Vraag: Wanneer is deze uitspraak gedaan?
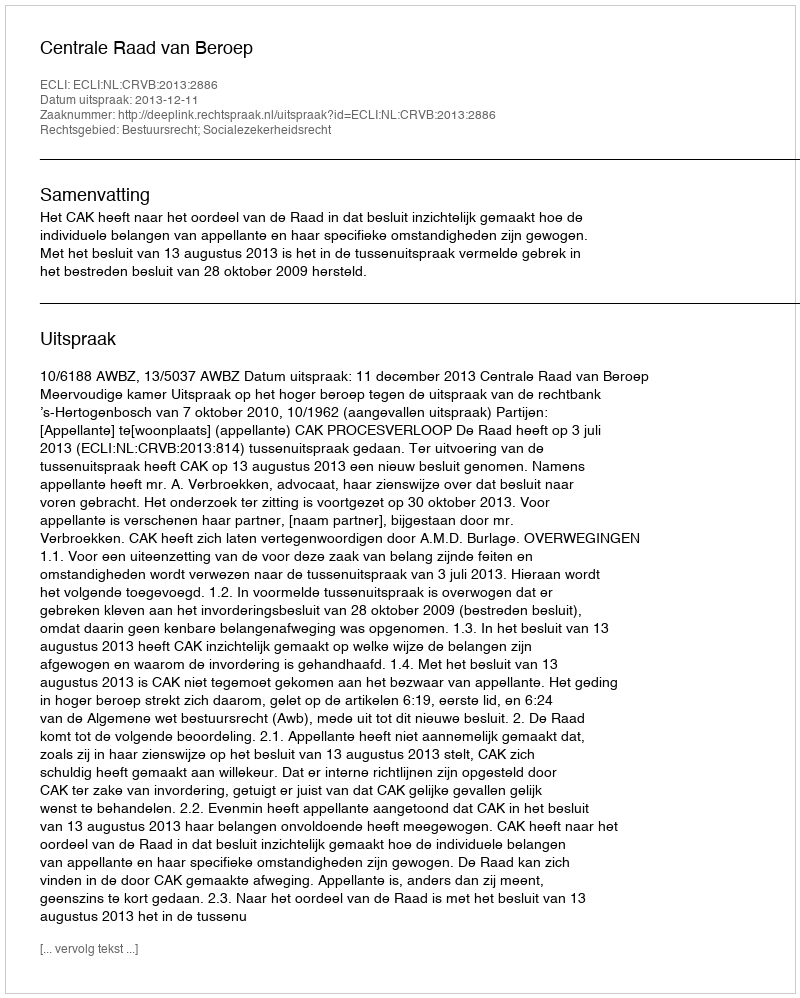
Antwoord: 2013-12-11